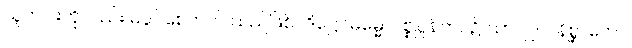
သူတပါးကိုလည်း မပူပ်စေတတ် သည်ဖြစ်။ ဒိဋ္ဌေဝဓမ္မေ၊ ပစ္စုပ္ပန်ဘဝ၌ သာလျှင်။ နိစ္ဆာတော၊